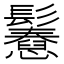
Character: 𩯲